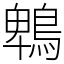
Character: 鵯